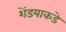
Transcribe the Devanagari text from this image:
शेंडयाकडे